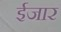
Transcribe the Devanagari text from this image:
ईजार